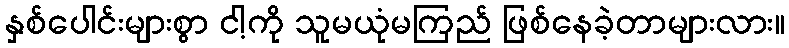
နှစ်ပေါင်းများစွာ ငါ့ကို သူမယုံမကြည် ဖြစ်နေခဲ့တာများလား။